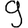
Digit: 9